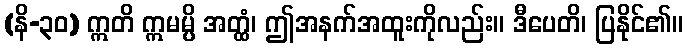
(နိ-၃၀) ဣတိ ဣမမ္ပိ အတ္ထံ၊ ဤအနက်အထူးကိုလည်း။ ဒီပေတိ၊ ပြနိုင်၏။